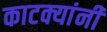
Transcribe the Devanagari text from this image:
काटक्यांनी